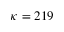
\kappa = 2 1 9